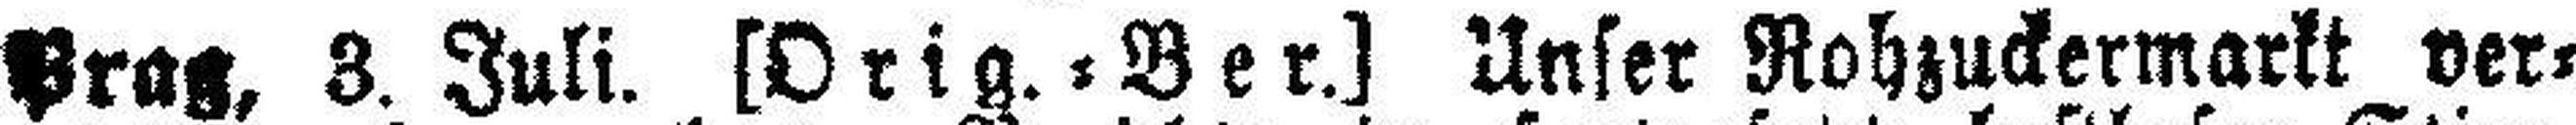
Prag, 3. Juli. [Orig. = Ber.] Unser Rohzuckermarkt ver¬